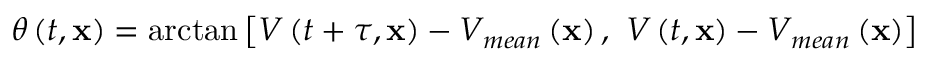
\theta \left( t , \mathbf { x } \right) = \arctan { \left[ V \left( t + \tau , \mathbf { x } \right) - V _ { m e a n } \left( \mathbf { x } \right) , \ V \left( t , \mathbf { x } \right) - V _ { m e a n } \left( \mathbf { x } \right) \right] }